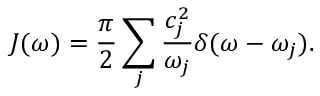
J ( \omega ) = \frac { \pi } { 2 } \sum _ { j } \frac { c _ { j } ^ { 2 } } { \omega _ { j } } \delta ( \omega - \omega _ { j } ) .